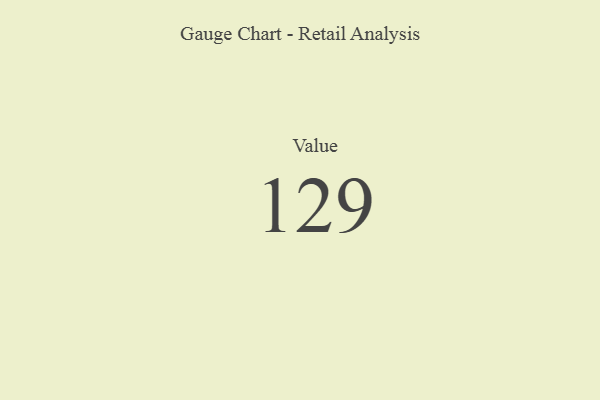
{"axis": {"x": "Metric", "y": "Value"}, "legend": [""], "data": [{"x": "Value", "y": 129, "type": ""}]}